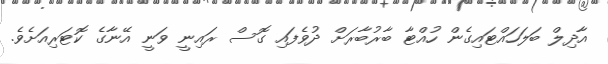
އާދިލް ބަލަހައްޓައިގެން ހުއްޓާ ބާރުބާރަށް ދުވެފައި ގޮސް ރައިނީ ވަނީ އޭނާގެ ކޮޓަރިއަށެވެ.